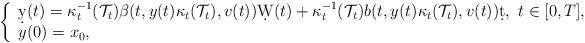
LaTeX: \begin{align*}\left\{\begin{array}{l}\d y(t)=\kappa_t^{-1}(\mathcal{T}_t) \beta(t,y(t)\kappa_t(\mathcal{T}_t),v(t))\d W(t)+ \kappa_t^{-1}(\mathcal{T}_t)b(t,y(t)\kappa_t(\mathcal{T}_t), v(t))\d t, \ t\in[0,T],\\y(0)=x_0,\end{array}\right.\end{align*}